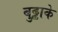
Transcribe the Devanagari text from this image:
बुढ्ढाके